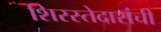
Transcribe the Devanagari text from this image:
शिरस्तेदारांची